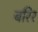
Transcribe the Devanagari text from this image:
बरिर